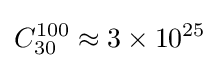
C_{30}^{100}\approx 3\times 10^{25}